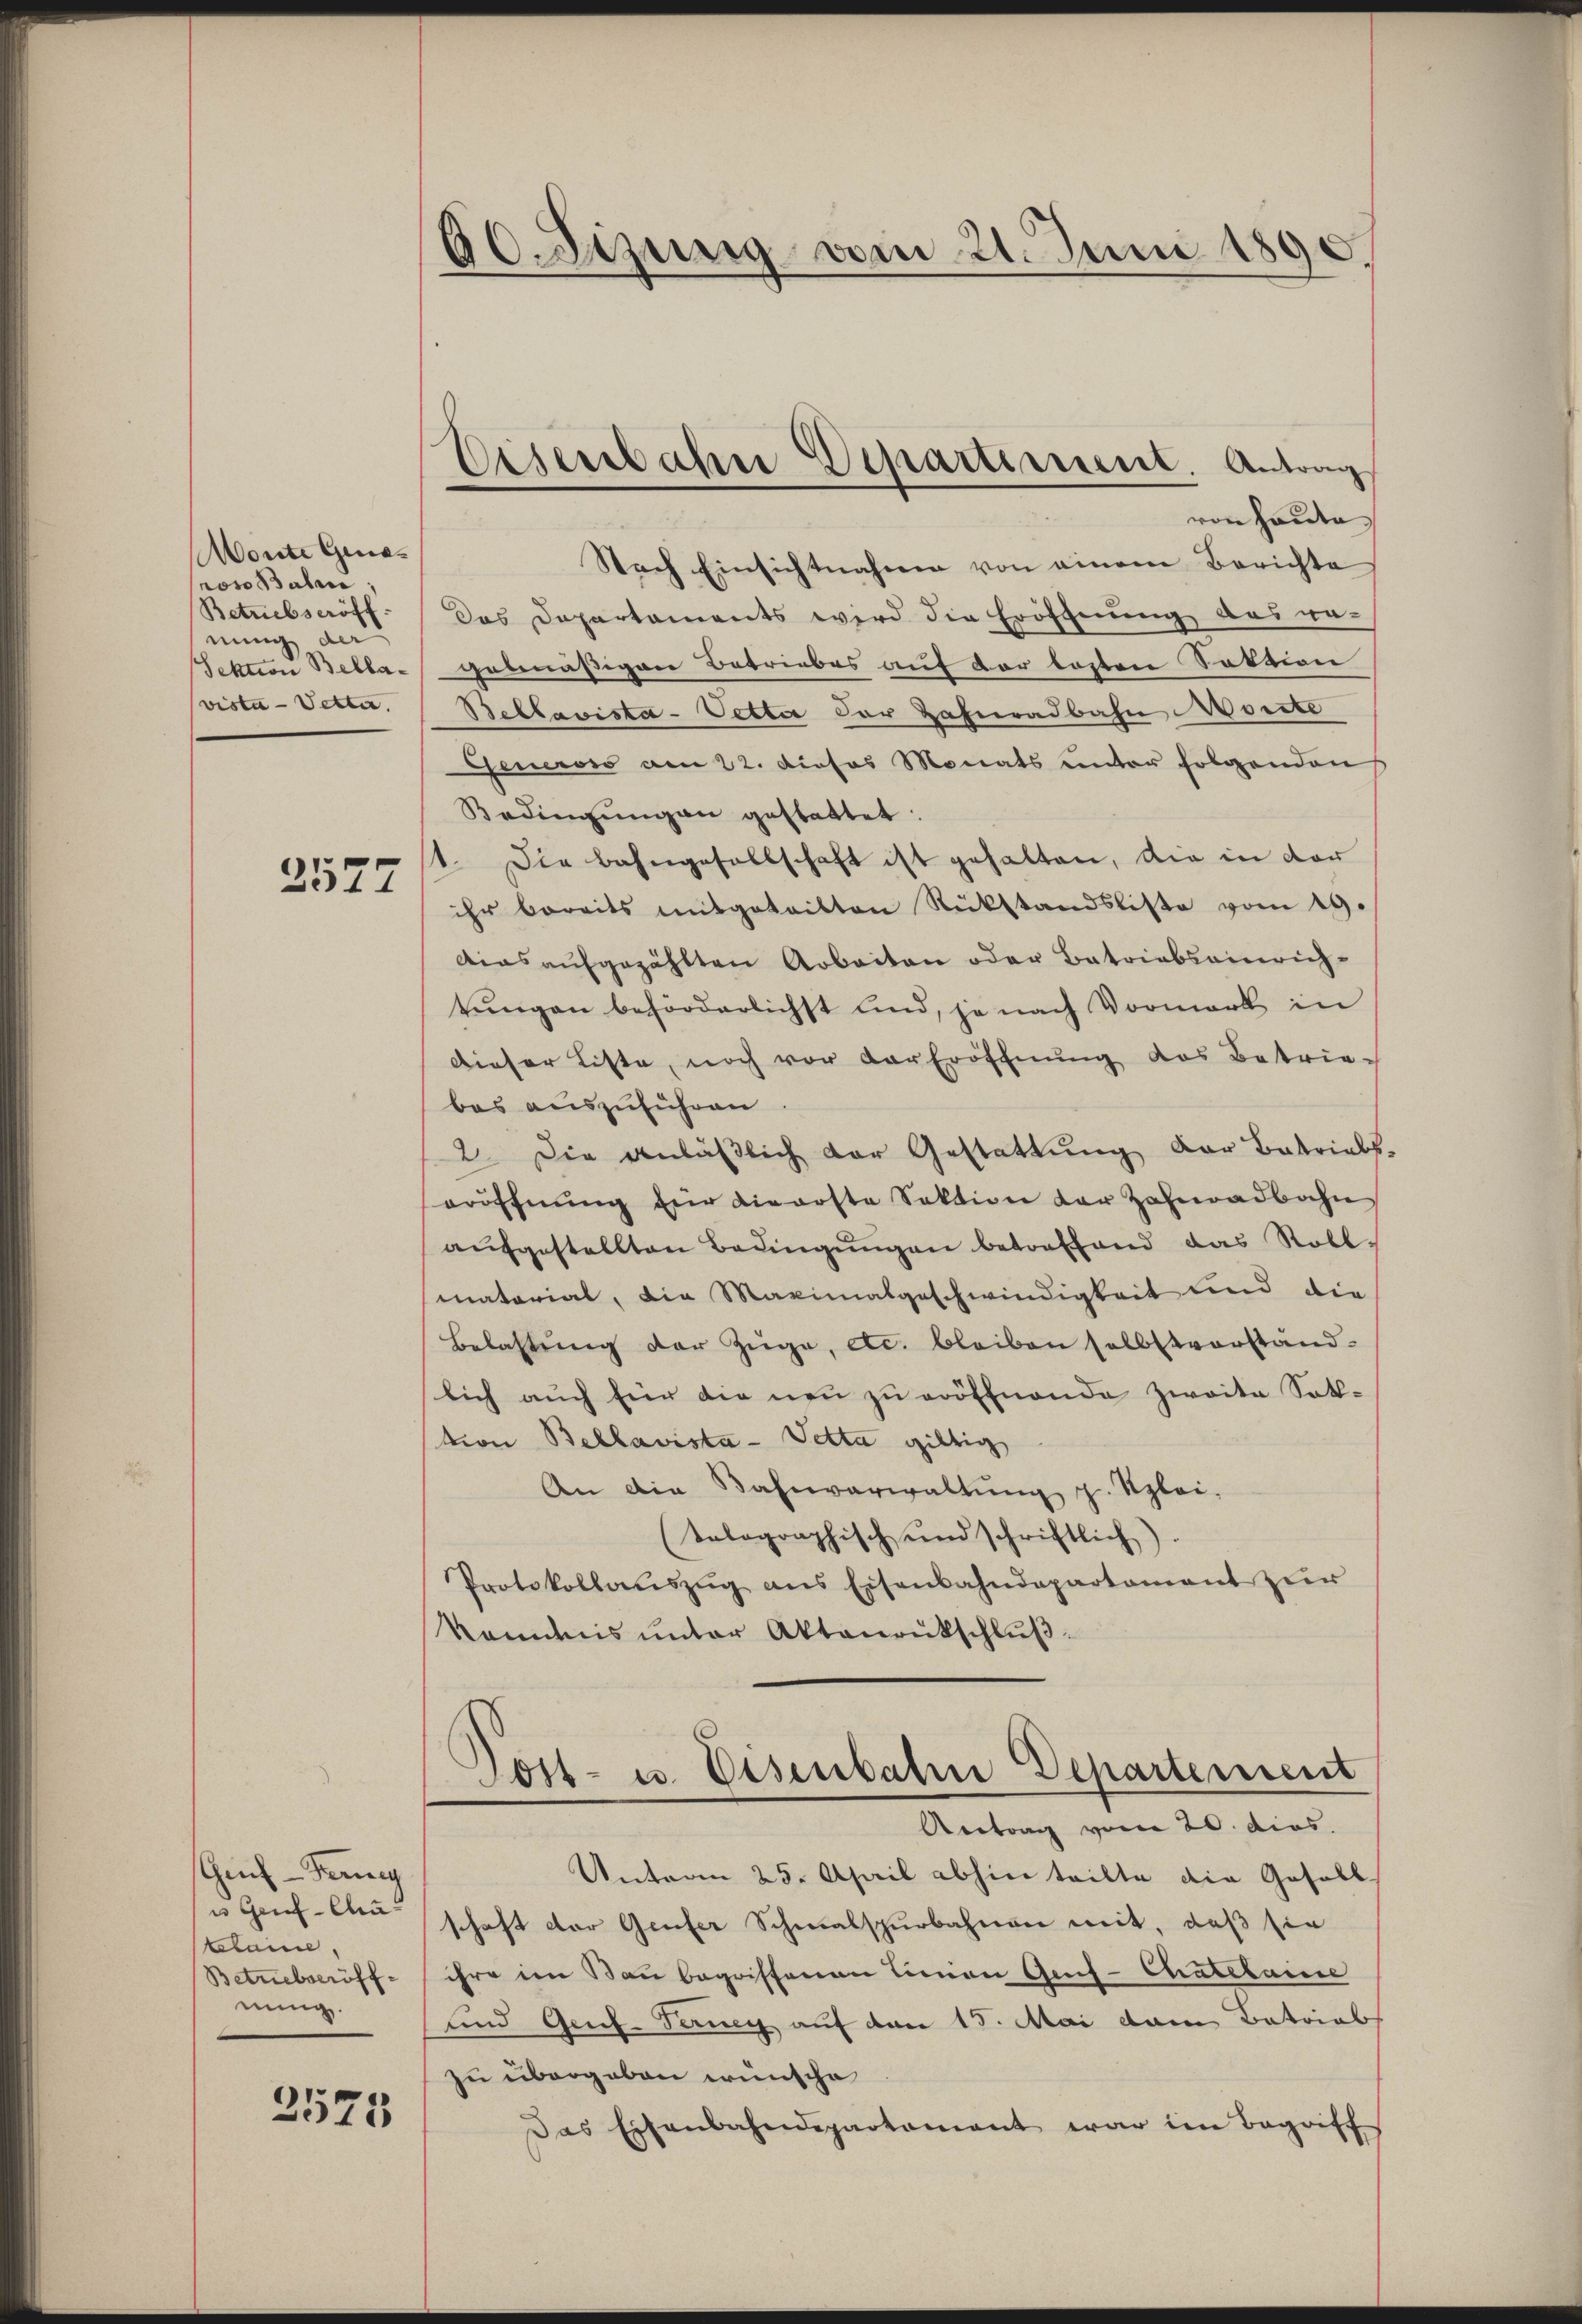
Monte Generoso Balin
Betriebseröff
nung der
Sektion Bellavista - Vetter.

2577

Geif- Ferney
u Genf-Chatebaine.
Betriebseröff-
nung.

2575

30. Sizung vom 21. Juni 1890.

Eisenbahn Departement. Antrag

von heute
Nach Einsichtnahme von einem Berichte
das Departaments wird die Eröffnung ausge-
getnäßigen Betriebes auf der losten Satzion
Beblavista-Vetter der Zahnradbahn Worte
Geners am 22. Dieses Monats unter folgenden
Bedingŭngen gestattet:
1. Die Bahngesellschaft ist gehalten, die in der
ihr bereits mitgeteilten Rückstandsliste vom 19.
dias aŭfgezählten Arbeiten oder Betriebsainrich-
tŭngen behörderlichst und, je nach Vormark in
dieser Liste, noch vor der Eröffnung das Betrie-
bes auszuführen.
2. Die anläβlich der Gestattung der Batrials,
eröffnŭng für dieposte Sektion der Zahnadbahn
aŭfgestellten Bedingŭngen betreffend das Roll-
matorial, die Maximalgeschwindigkeit und die
Belastung der Züge, etc. bleiben selbstverstandlich auch für die neu zu eröffnende Zweite Sat-
tion Bellavista - Petta giltig
An die Bahnverwaltŭng z. Szlei-
(tolographisch und schriftlich.
Protokollaŭszŭg ans Eisenbahndepartament zŭr
kanntnis unter Aktenrutschlŭβ-
Jost- u. Eisenbahre Departement
Vertrag vom 20. dies
Unterm 25. April abhin teilte die Gefall
schaft der Genfer Schmalspurbahnen mit, daß sie
ihre im Bau begriffenen Limon Gef-Chatelaine
und Geif-Terney auf den 15. Mai dem Betrieb
zu übergeben wünsche
Das Eisenbahndepartement war im Begriff